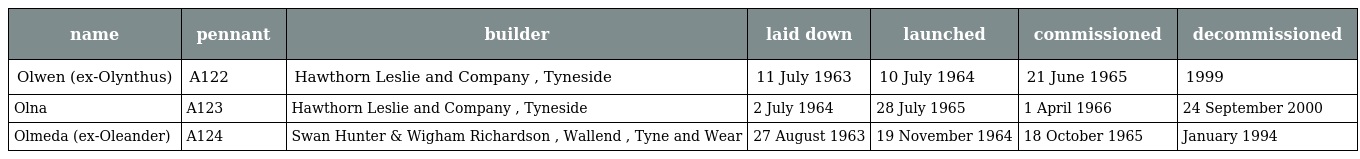
| name | pennant | builder | laid down | launched | commissioned | decommissioned |
 | --- | --- | --- | --- | --- | --- | --- |
 | Olwen (ex-Olynthus) | A122 | Hawthorn Leslie and Company , Tyneside | 11 July 1963 | 10 July 1964 | 21 June 1965 | 1999 |
 | Olna | A123 | Hawthorn Leslie and Company , Tyneside | 2 July 1964 | 28 July 1965 | 1 April 1966 | 24 September 2000 |
 | Olmeda (ex-Oleander) | A124 | Swan Hunter & Wigham Richardson , Wallend , Tyne and Wear | 27 August 1963 | 19 November 1964 | 18 October 1965 | January 1994 |